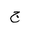
Letter: _gim